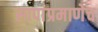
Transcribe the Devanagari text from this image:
सापांप्रमाणेच